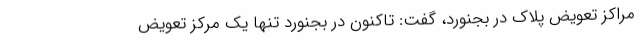
مراکز تعویض پلاک در بجنورد، گفت: تاکنون در بجنورد تنها یک مرکز تعویض